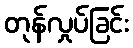
တုန်လှုပ်ခြင်း